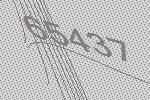
65437